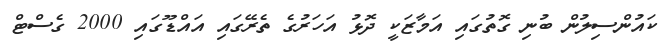
ކައުންސިލުން ބުނި ގޮތުގައި އަމާޒަކީ ދޮޅު އަހަރުގެ ތެރޭގައި އައްޑޫގައި 2000 ގެސްޓް